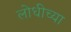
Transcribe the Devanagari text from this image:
लोधीच्या